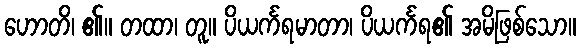
ဟောတိ၊ ၏။ တထာ၊ တူ။ ပိယင်္ကရမာတာ၊ ပိယင်္ကရ၏ အမိဖြစ်သော။